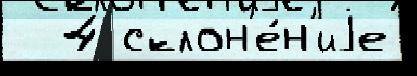
  4 склон'е́н'иjе